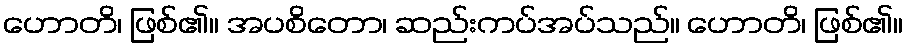
ဟောတိ၊ ဖြစ်၏။ အပစိတော၊ ဆည်းကပ်အပ်သည်။ ဟောတိ၊ ဖြစ်၏။